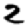
Digit: 2